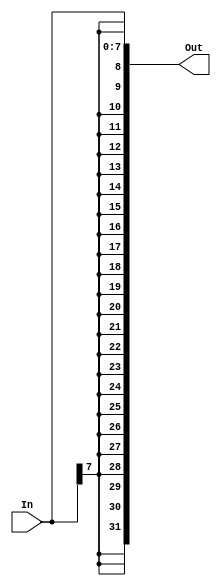
`timescale 1ns / 1ps
//////////////////////////////////////////////////////////////////////////////////
// Engineers: Sebastian Thiem, Brian Winkler
// % effort: Sebastian Thiem(50%), Brian Winkler(50%)
// 
// Module Name:    SignExtendByte 
// Project Name:   MIPS 32-bit Processor
//
// Description:    Extends a 8-bit input to a 32-bit output signed 
//
//////////////////////////////////////////////////////////////////////////////////
module SignExtendByte(In,
                        Out);
    (*keep = "true"*)
    
    input [7:0] In;
    output [31:0] Out;
    
    assign Out = {{24{In[7]}}, {In}};
    
endmodule